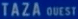
TAZA QUEST